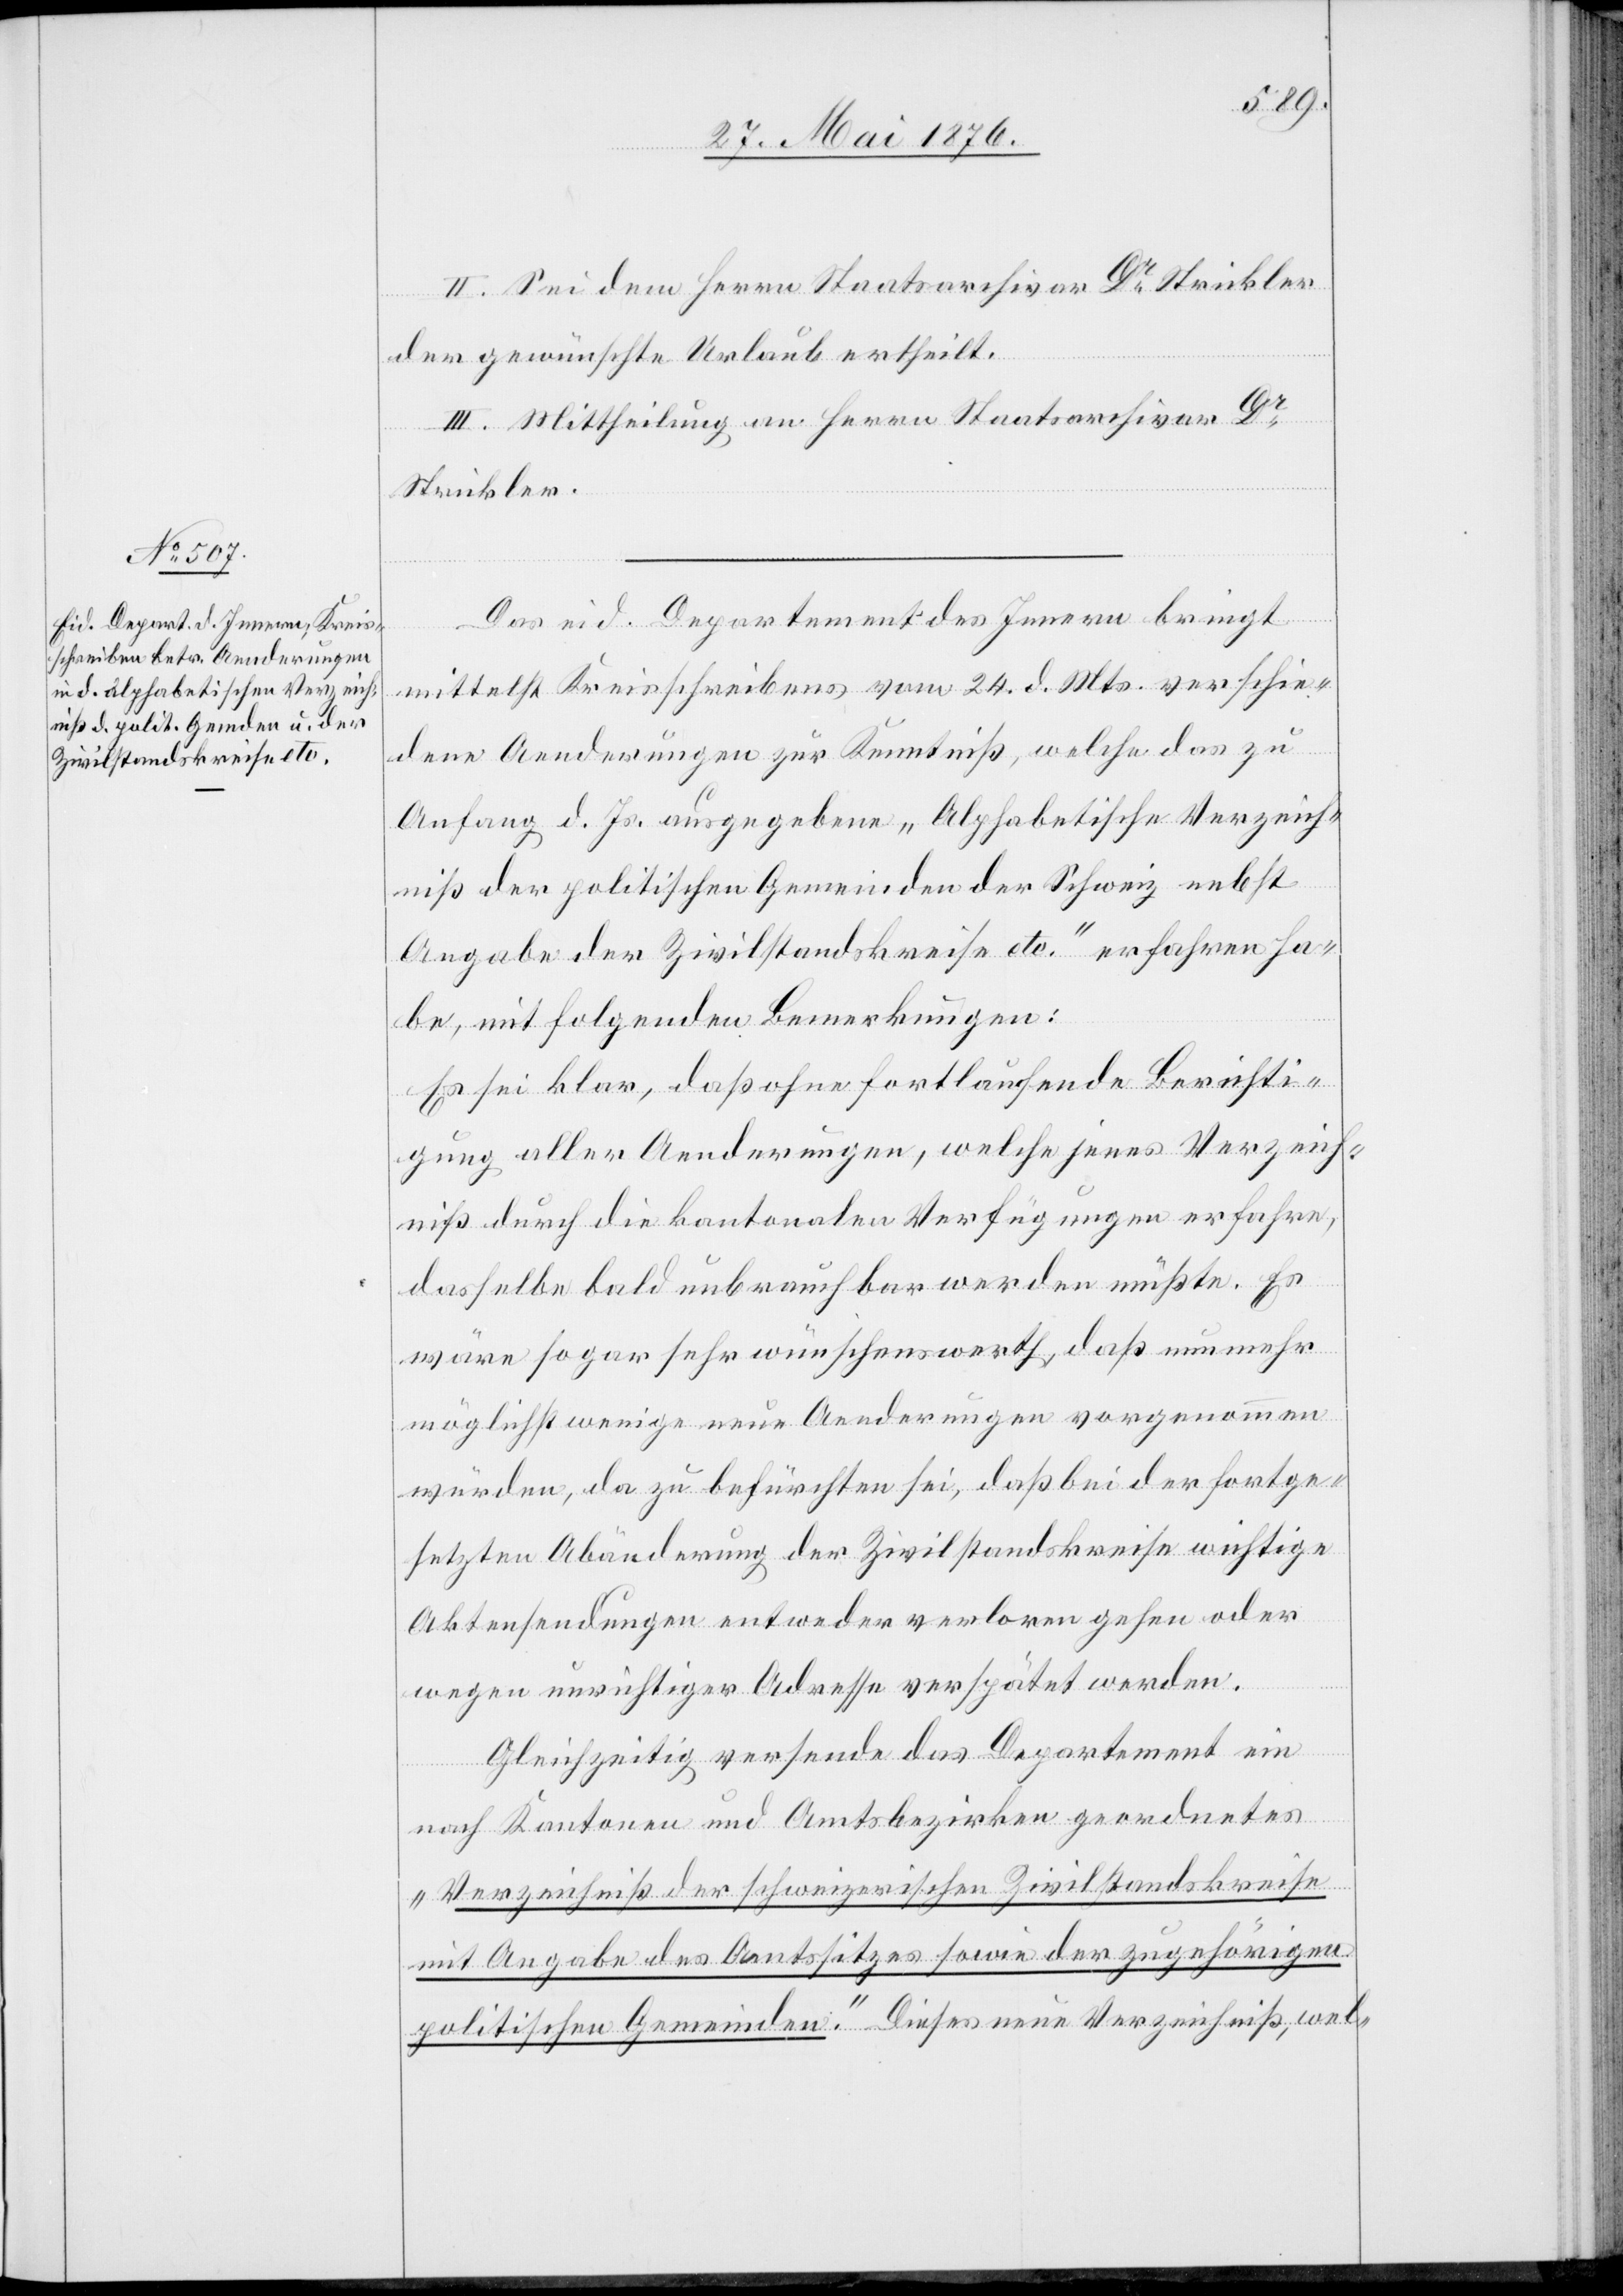
II. Sei dem Herrn Staatsarchivar Dr Strickler
der gewünschte Urlaub ertheilt.
III. Mittheilung an Herrn Staatsarchivar Dr
Srickler.
Das eid. Departement des Innern bringt
mittelst Kreisschreibens vom 24. d. Mts. verschie¬
dene Aenderungen zur Kenntniß, welche das zu
Anfang d. Js. ausgegebene „Alphabetische Verzeich¬
niß der politischen Gemeinden der Schweiz nebst
Angabe der Zivilstandskreise etc.“ erfahren ha¬
be, mit folgenden Bemerkungen:
Es sei klar, daß ohne fortlaufende Berichti¬
gung aller Aenderungen, welche jenes Verzeich¬
niß durch die kantonalen Verfügungen erfahre,
dasselbe bald unbrauchbar werden müßte. Es
wäre sogar sehr wünschenswerth, daß nunmehr
möglichst wenige neue Aenderungen vorgenommen
würden, da zu befürchten sei, das bei der fortge¬
setzten Abänderung der Zivilstandskreise wichtige
Aktensendungen entweder verloren gehen oder
wegen unrichtiger Adresse verspätet werden.
Gleichzeitig versende das Departement ein
nach Kantonen und Amtsbezirken geordnetes
„Verzeichniß der schweizerischen Zivilstandskreise
mit Angabe des Amtssitzes sowie der zugehörigen
politischen Gemeinden.“ Dieses neue Verzeichniß, wel-